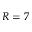
R = 7